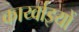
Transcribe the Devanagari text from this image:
कार्य्वाइयों